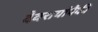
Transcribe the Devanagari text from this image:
देवरायांपैकी